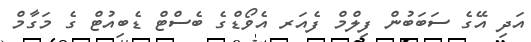
އަދި އޭގެ ސަބަބުން ފިލްމް ފެއަރ އެވޯޑްގެ ބެސްޓް ޑެބިއުޓް ގެ މަގާމް